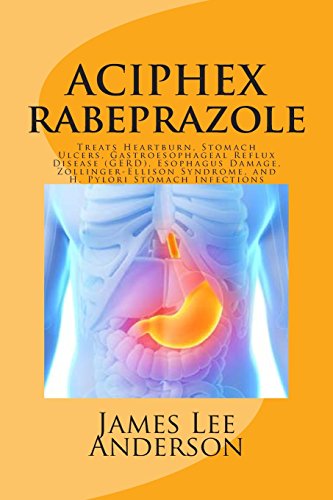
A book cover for ACIPHEX (Rabeprazole): Treats Heartburn, Stomach Ulcers, Gastroesophageal Reflux Disease (GERD), Esophagus Damage, Zollinger-Ellison Syndrome, and H. Pylori Stomach Infections; James Lee Anderson; Health, Fitness & Dieting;